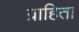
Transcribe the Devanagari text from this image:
ग्राहिता